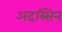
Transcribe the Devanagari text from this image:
अदस्सिन